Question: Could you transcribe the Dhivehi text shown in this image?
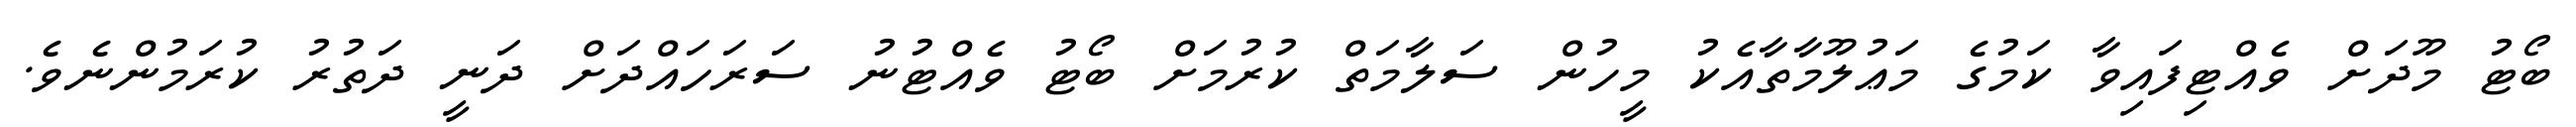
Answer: ބޯޓު މޫދަށް ވެއްޓިފައިވާ ކަމުގެ މަޢުލޫމާތާއެކު މީހުން ސަލާމަތް ކުރުމަށް ބޯޓު ވެއްޓުނު ސަރަހައްދަށް ދަނީ ދަތުރު ކުރަމުންނެވެ.